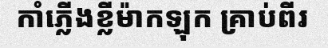
កាំភ្លើងខ្លីម៉ាកឡុក គ្រាប់ពីរ